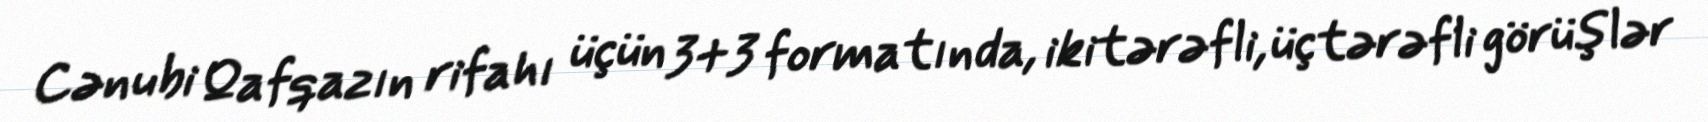
Cənubi Qafqazın rifahı üçün 3+3 formatında, ikitərəfli, üçtərəfli görüşlər